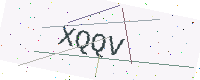
Text: XQQV